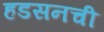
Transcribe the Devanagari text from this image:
हडसनची